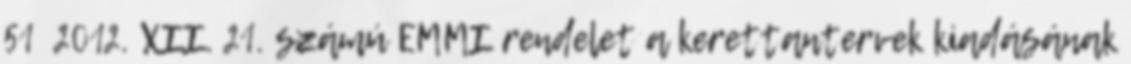
51 2012. XII. 21. számú EMMI rendelet a kerettantervek kiadásának